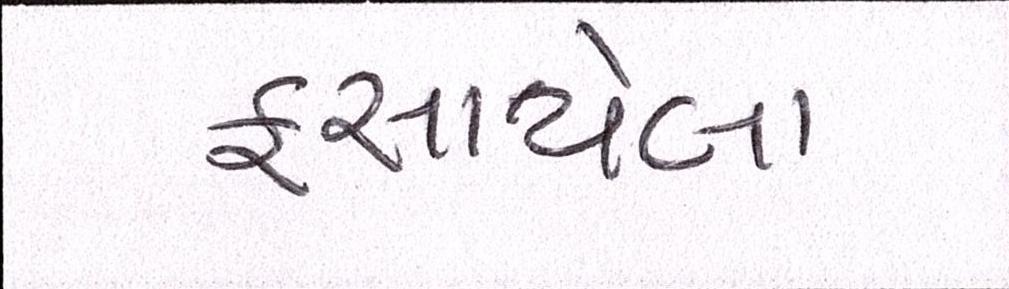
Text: ફસાયેલા